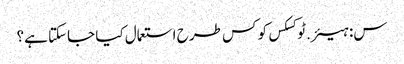
س: ہیئر.ٹوکسکس کو کس طرح استعمال کیا جاسکتا ہے؟